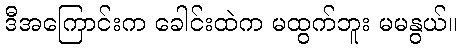
ဒီအကြောင်းက ခေါင်းထဲက မထွက်ဘူး မမနွယ်။